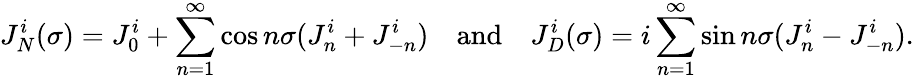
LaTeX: J_{N}^{i}(\sigma)=J_{0}^{i}+\sum_{n=1}^{\infty}\cos n\sigma(J_{n}^{i}+J_{-n}^{i})\quad\mathrm{and}\quad J_{D}^{i}(\sigma)=i\sum_{n=1}^{\infty}\sin n\sigma(J_{n}^{i}-J_{-n}^{i}).